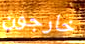
خارجون